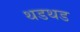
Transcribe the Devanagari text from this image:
थडथड